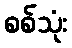
စစ်သုံး